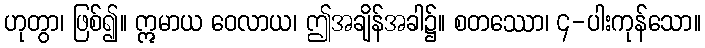
ဟုတွာ၊ ဖြစ်၍။ ဣမာယ ဝေလာယ၊ ဤအချိန်အခါ၌။ စတဿော၊ ၄-ပါးကုန်သော။